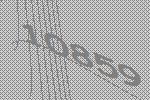
10859